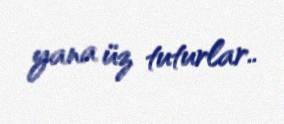
yana üz tuturlar..